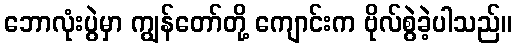
ဘောလုံးပွဲမှာ ကျွန်တော်တို့ ကျောင်းက ဗိုလ်စွဲခဲ့ပါသည်။